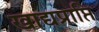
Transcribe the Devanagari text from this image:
खाद्यप्राप्ति